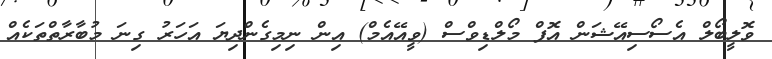
ވޮލީބޯލް އެސޯސިއޭޝަން އޮފް މޯލްޑިވްސް (ވީއޭއެމް) އިން ނިމިގެންދިޔަ އަހަރު ގިނަ މުބާރާތްތަކެއް